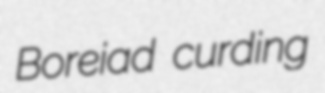
Boreiad curding